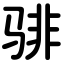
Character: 𬴂